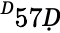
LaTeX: ^Ḋ57Ḍ